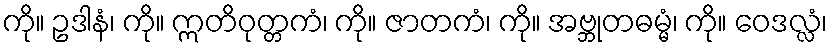
ကို။ ဥဒါနံ၊ ကို။ ဣတိဝုတ္တကံ၊ ကို။ ဇာတကံ၊ ကို။ အဗ္ဘုတဓမ္မံ၊ ကို။ ဝေဒလ္လံ၊